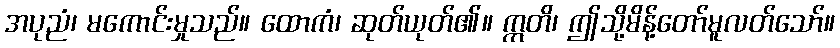
အပုညံ၊ မကောင်းမှုသည်။ ထောကံ၊ ဆုတ်ယုတ်၏။ ဣတိ၊ ဤသို့မိန့်တော်မူလတ်သော်။